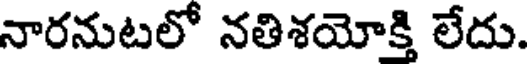
నారనుటలో నతిశయోక్తి లేదు.